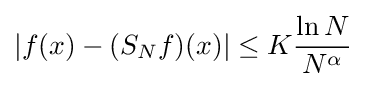
|f(x)-(S_{N}f)(x)|\leq K{\ln N \over N^{\alpha }}